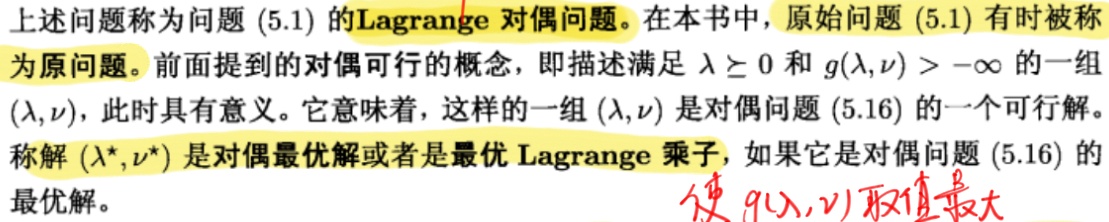
上述问题称为问题 (5.1) 的Lagrange 对偶问题。在本书中，原始问题 (5.1) 有时被称为原问题。前面提到的对偶可行的概念，即描述满足 $\lambda \geq 0$ 和 $g(\lambda,\nu) > -\infty$ 的一组 $(\lambda,\nu)$，此时具有意义。它意味着，这样的一组 $(\lambda,\nu)$ 是对偶问题 (5.16) 的一个可行解。称解 $(\lambda^*,\nu^*)$ 是对偶最优解或者是最优 Lagrange 乘子，如果它是对偶问题 (5.16) 的最优解。 使 $g(\lambda,\nu)$ 取值最大